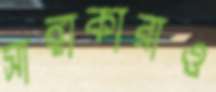
সাঙ্গাকারাও